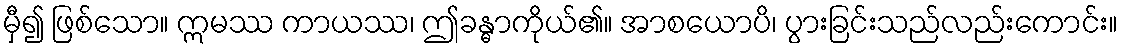
မှီ၍ ဖြစ်သော။ ဣမဿ ကာယဿ၊ ဤခန္ဓာကိုယ်၏။ အာစယောပိ၊ ပွားခြင်းသည်လည်းကောင်း။